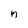
Character: n